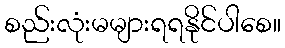
စည်းလုံးမများရရနိုင်ပါစေ။